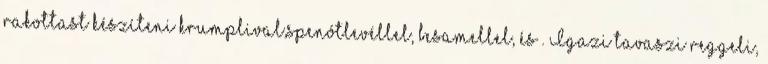
rakottast készíteni krumplival,spenótlevéllel, besamellel, és . Igazi tavaszi reggeli,